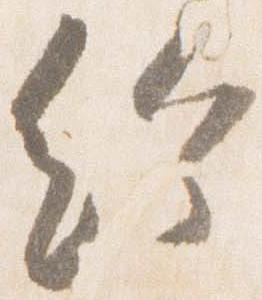
給